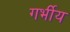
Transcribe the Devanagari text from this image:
गर्भीय